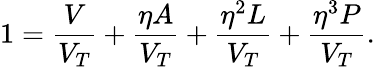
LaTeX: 1=\frac{V}{V_{T}}+\frac{\eta A}{V_{T}}+\frac{\eta^{2}L}{V_{T}}+\frac{\eta^{3}P}{V_{T}}.